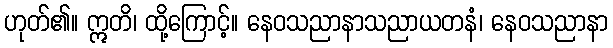
ဟုတ်၏။ ဣတိ၊ ထို့ကြောင့်။ နေဝသညာနာသညာယတနံ၊ နေဝသညာနာ